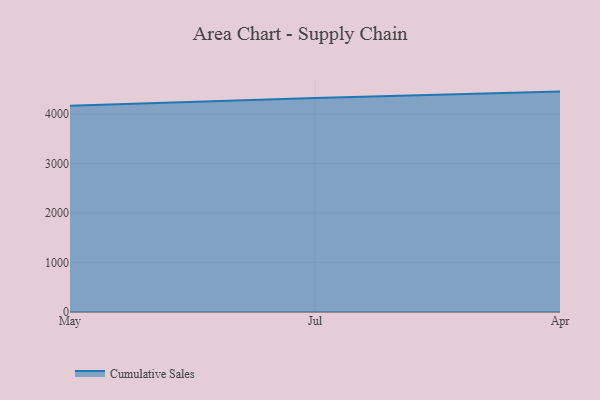
{"axis": {"x": "Month", "y": "Net Income (USD K)"}, "legend": ["Cumulative Sales"], "data": [{"x": "May", "y": 4168.6, "type": "Cumulative Sales"}, {"x": "Jul", "y": 4323.5, "type": "Cumulative Sales"}, {"x": "Apr", "y": 4452.1, "type": "Cumulative Sales"}]}